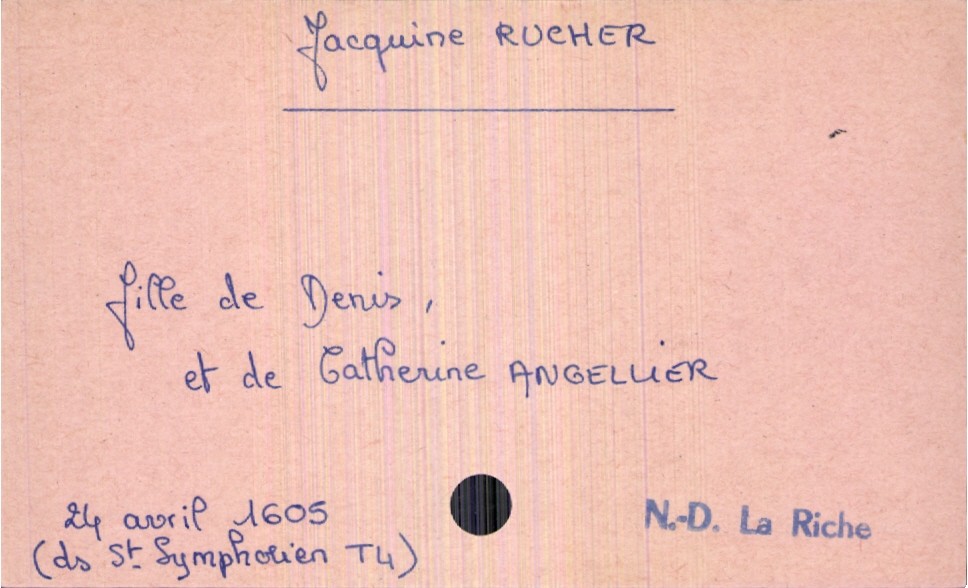
type_acte: Baptême
observations: Mention de Notre Dame La Riche mais bien enregistré dans le registre de Saint Symphorien
filiation: fille
enfant_prénom: Jacquine
enfant_date_de_naissance: 24 avril 1605
enfant_lieu_de_naissance: Saint Symphorien
père_enfant_nom: Rucher
père_enfant_prénom: Denis
mère_enfant_nom: Angellier
mère_enfant_prénom: Catherine